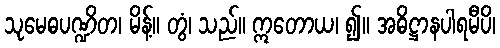
သုမေဓပဏ္ဍိတ၊ မိန့်။ တွံ၊ သည်။ ဣတောယ၊ ၍။ အဓိဋ္ဌာနပါရမီပိ၊